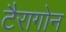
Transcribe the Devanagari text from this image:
टैरागोन